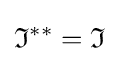
{\mathfrak {I}}^{**}={\mathfrak {I}}